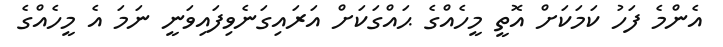
އެންމެ ފަހު ކަމަކަށް އޮތީ މީހެއްގެ ޙައްގަކަށް އަރައިގަނެވިފައިވަނީ ނަމަ އެ މީހެއްގެ